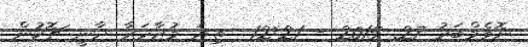
ނޮވެމްބަރު 27